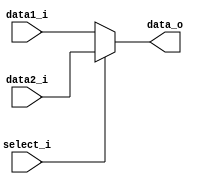
module MUX32
(
    data1_i,
    data2_i,
    select_i,
    data_o
);

input   select_i;
input   [31:0]  data1_i;
input   [31:0]  data2_i;
output reg  [31:0]  data_o;

always@(*) begin
    if (select_i)
        data_o = data2_i;
    else
        data_o = data1_i;
end

endmodule